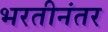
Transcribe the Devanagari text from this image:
भरतीनंतर